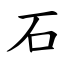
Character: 石